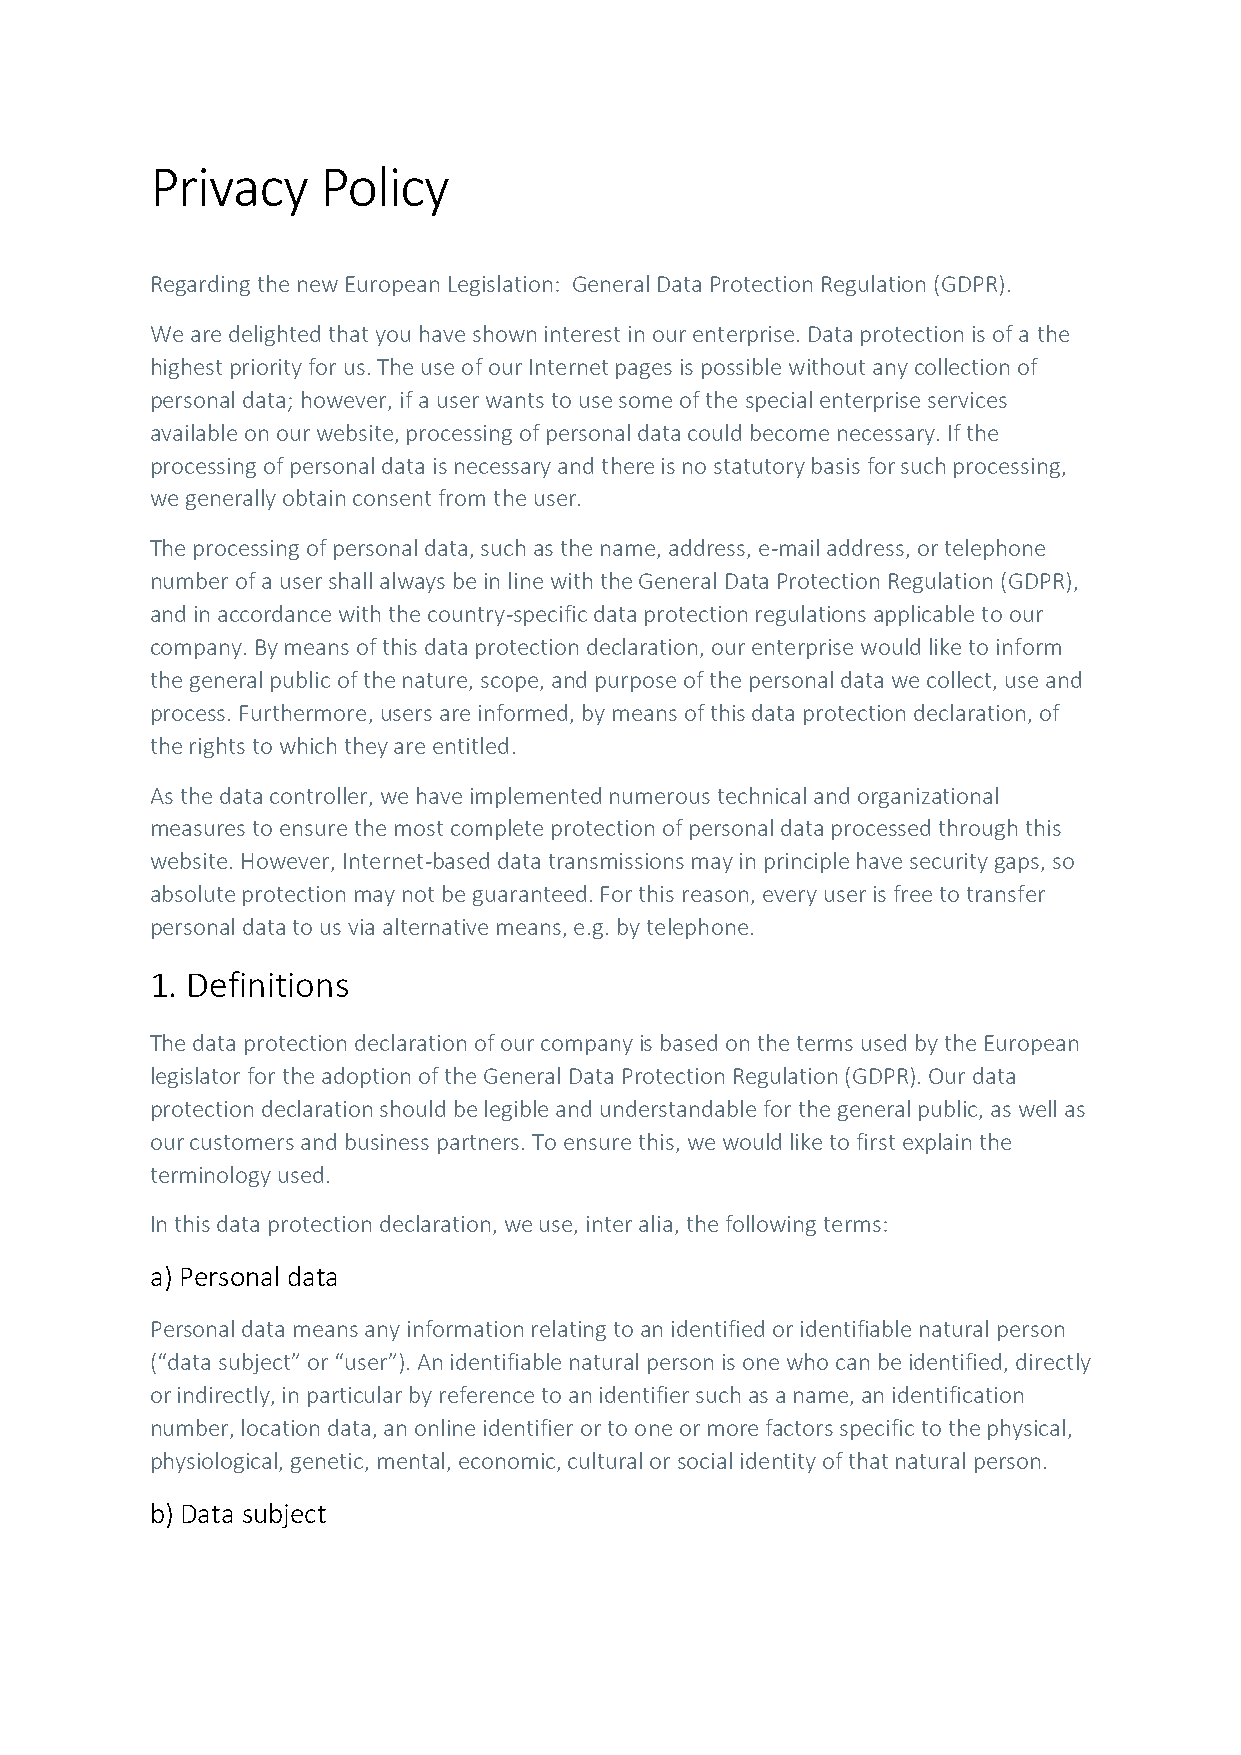
Privacy    Policy
 Regarding the new European Legislation: General Data Protection Regulation (GDPR).
 We are delighted that you have shown interest in our enterprise. Data protection is of a the
 highest priority for us. The use of our Internet pages is possible without any collection of
 personal data; however, if a user wants to use some of the special enterprise services
 available on our website, processing of personal data could become necessary. If the
 processing of personal data is necessary and there is no statutory basis for such processing,
 we generally obtain consent from the user.
 The processing of personal data, such as the name, address, e-mail address, or telephone
 number of a user shall always be in line with the General Data Protection Regulation (GDPR),
 and in accordance with the country-specific data protection regulations applicable to our
 company. By means of this data protection declaration, our enterprise would like to inform
 the general public of the nature, scope, and purpose of the personal data we collect, use and
 process. Furthermore, users are informed, by means of this data protection declaration, of
 the rights to which they are entitled.
 As the data controller, we have implemented numerous technical and organizational
 measures to ensure the most complete protection of personal data processed through this
 website. However, Internet-based data transmissions may in principle have security gaps, so
 absolute protection may not be guaranteed. For this reason, every user is free to transfer
 personal data to us via alternative means, e.g. by telephone.
 1. Definitions
 The data protection declaration of our company is based on the terms used by the European
 legislator for the adoption of the General Data Protection Regulation (GDPR). Our data
 protection declaration should be legible and understandable for the general public, as well as
 our customers and business partners. To ensure this, we would like to first explain the
 terminology used.
 In this data protection declaration, we use, inter alia, the following terms:
 a) Personal data
 Personal data means any information relating to an identified or identifiable natural person
 (“data subject” or “user”). An identifiable natural person is one who can be identified, directly
 or indirectly, in particular by reference to an identifier such as a name, an identification
 number, location data, an online identifier or to one or more factors specific to the physical,
 physiological, genetic, mental, economic, cultural or social identity of that natural person.
 b) Data subject